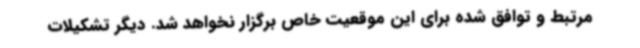
مرتبط و توافق شده برای این موقعیت خاص برگزار نخواهد شد. دیگر تشکیلات